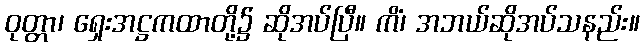
ဝုတ္တာ၊ ရှေးအဋ္ဌကထာတို့၌ ဆိုအပ်ပြီ။ ကိံ၊ အဘယ်ဆိုအပ်သနည်း။